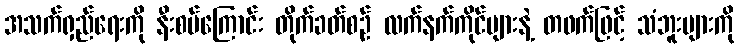
အသက်ရှည်ရေးကို နီးစပ်ကြောင်း တိုက်ခတ်စဉ် လက်နက်ကိုင်များနဲ့ တဖက်ဖြင့် သံဘူးများကို